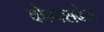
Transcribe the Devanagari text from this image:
वोल्फ्सबेन